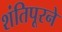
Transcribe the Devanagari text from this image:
शंतिपूरने